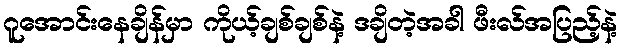
ဂူအောင်းနေချိန်မှာ ကိုယ့်ချစ်ချစ်နဲ့ ဒချိတဲ့အခါ ဖီးလ်အပြည့်နဲ့